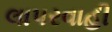
લાપરવાહી